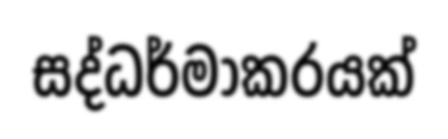
සද්ධර්මාකරයක්